Report on sanitation, dispensaries, and jails in Rajputana for 1914, and on vaccination for the year 1914-1915 - 1914-1915
Year: 1914
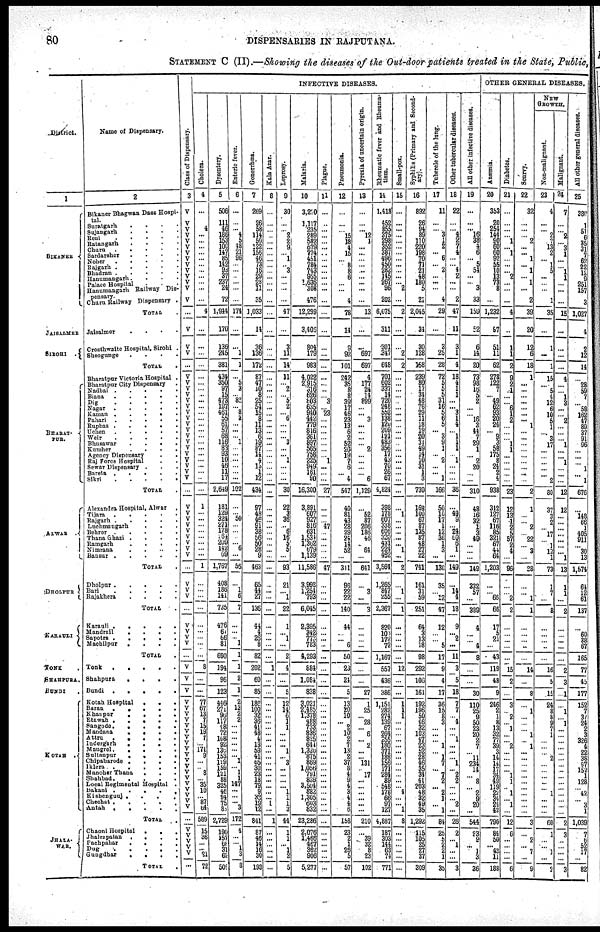
80
DISPENSARIES IN RAJPUTANA.
STATEMENT C (II) —Showing the diseases of the Out-door patients treated in the State, Public,
District.
1
BIKANER
JAISALMER
SIROHI .
BHARAT¬
PUR.
ALWAR
DHOLPUR
KARAULI
TONK .
SHAHPURA.
BUNDI .
KOTAH .
JHALA¬
WAR.
Name of Dispensary.
2
Bikaner Bhagwan Dass Hospi-
tal. Suratgarh . . . .
Sujangarh . . . .
Reni . . . .
Ratangarh . . . .
Churu . . . .
Sardarsher . . . .
Noher . . . . .
Rajgarh . . . . .
Bhadran . . . . .
Hanumangarh. . . .
Palace Hospital . . .
Hanumangarh Railway Dis-
pensary.
Charu Railway Dispensary .
TOTAL .
Jaisalmer
. . . .
Crosthwaite Hospital , Sirohi .
Sheogunge
. . . .
TOTAL
.
Bharatpur Victoria Hospital .
Bharatpur City Dispensary .
Nadbai . . . . .
Biana . . . . .
Dig . . . . .
Nagar . . . . .
Kaman . . .
. .
Pahari . . . . .
Rupbas . . . . .
Uchen . . . . .
Weir . . . . .
Bhusawar . . . .
Kumher . . . .
Agency Dispensary . .
Raj Force Hospital . .
Sewar Dispensary . . .
Bareta . . . . .
Sikri
.
.
.
.
.
TOTAL .
Alexandra Hospital ,Alwar .
Tijara . . . . .
Rajgarh . . . . .
Luchmangarh . . .
Behror . . . . .
Thana Ghazi .
.
.
.
Ramgarh . . . .
Nimrana . . . .
Bansur
.
.
.
.
.
TOTAL .
Dholpur . . . . .
Bari
.
.
.
.
.
Rajakhera
.
.
.
.
TOTAL .
Karauli .
.
.
.
.
Mandrali
.
.
.
.
Sapotra
.
.
.
.
Machilpur
.
.
.
.
TOTAL .
Tonk
.
.
.
.
.
Shahpura
.
.
.
.
Bundi
.
.
.
.
.
Kotah Hospital
.
. .
Baran
.
.
.
.
.
Khanpur
.
.
.
.
Etawah .
.
.
.
.
Sangode .
.
.
.
.
Mandana
.
.
.
.
Attru
.
.
.
. .
Indergarh
.
.
.
.
Mangrol.
.
.
.
.
Sultanpur
.
.
.
.
Chipabarode .
.
.
.
Iklera
.
.
.
.
.
Manoher Thana
. . .
Shahbad .
.
.
.
.
Local Regimental Hospital .
Bakani .
.
.
.
.
Kishenganj .
.
.
.
Chechat .
.
.
.
.
Antah
.
.
.
.
.
TOTAL .
Chaoni Hospital
.
. .
Jhalrapatan
.
.
.
.
Pachpahar
.
.
.
.
Dug
.
.
.
.
Gungdhar
.
.
.
.
TOTAL .
Cl ass of Di s pens ar y.
3
V
V
V
V
V V
V V
V
V
V
V
V
V
...
V
V
V
...
V
V
V
V
V
V
V
V
V
V
V
V
V
V
V
V
V
V
...
V
V
V
V
V
V
V
V
V
...
V
V
V
...
V
V
V
V
...
V
V
V
V
V
V
V
V
V
V
V
V
V
V V
V
V
V
V
V
V
V
...
V
V
V
V
V
...
INFECTIVE DISEASES.
Cholera.
4
...
4
...
...
...
...
...
...
...
...
...
...
...
4
...
...
...
...
...
...
...
...
...
...
...
...
...
...
...
...
...
...
... ...
...
...
...
1
...
...
...
...
...
...
...
...
1
...
...
...
...
...
...
...
...
...
8
...
...
77 67
13
7
15
19
7
...
171 9
...
... 8
... 35
10
... 87
64
589
15
36
...
... 21
72
Dysentery.
5
506
111
46
186
153
100
147
85
112
93
37
237
24
72
1,944
170
136
245
381
434
350
97
15
473
197
461
55
61
57
68
116
83 93
10
46
11
17
2,649
181
129
324
271
178
164
209
142
69
1,767
408
186
141
735
476
61
66
81
690
194
96
123
446
271
96
117
48
72
108
92
130
153
199
159
121
88
325
46
94
75
83
2,729
190
157
68
31
62
509
Enteric fever.
6
...
...
... 4
5
48
21
96
...
...
...
...
...
...
174
...
...
1
1
...
5
3
...
82
... 8
2
...
...
... 1
...
...
... ...
...
...
102
...
... 50
...
...
...
... 6
...
56
...
1
6
7
...
...
... 1
1
1
2
1
2
13
2
2
...
...
...
...
...
... 1
... 1
1
147
...
...
... 3
172
4
...
... 1
3
8
Gonorrhœa.
7
269
26
58
114
50
122
156
46
73
16
29
28
11
35
1,033
14
36
136
172
87
47
10
8
25
54
15
8
11
13
6
19
87
14
4
13
1
12
434
97
48
46
91
38
56
50
28
9
463
65
44
27
136
44
4
26
8
82
202
60
85
186
100
32
36
41
48
4
13
53
41
65
30
23
18
79
9
32
19 12
841
87
46
14
16
30
193
Kala Azar.
8
...
...
...
...
...
...
...
...
...
...
...
...
...
...
...
...
...
...
...
...
...
...
...
...
...
...
...
...
...
...
...
...
...
... ...
...
...
...
...
...
...
...
...
...
...
...
...
...
...
...
...
...
...
...
...
...
...
1
...
...
...
...
...
...
...
...
...
...
...
...
...
...
...
...
...
...
... 1
...
1
...
...
...
...
...
...
Leprosy.
9
30
...
... 2
2
9
... 1
... 3
...
...
...
...
47
...
3
11
14
11
... 2
... 5
2
... 6
...
...
... 3
...
... 1
...
...
...
30
22
3
36
... 6
16
5
5
...
93
21
...
1
22
1
... 1
...
2
4
...
5
12
14
6
1
1
...
...
... 1
... 3
...
...
...
... 1
1
1
3
44
1
1
... 1
2
5
Malaria.
10
3,210
1,117
235
289
582
679
774
451
784
743
955 1,636
308
476
12,299
3,406
804
179
983
4,022
2,915
316
626
803
635
940
442
779
816
361
897
565
758
225
949
161
90
16,300
3,891
607
927
816
631
1,534
1,302
679
1,139
11,586
3,998
1,254
793
6,045
2,395
342
773
783
4,293
884
1,084
838
3,021
2,485
1,378
488
733
836
825
644
l,320
875
869
1,056
791
839
3,504
882
1,305
603
832
23,286
2,076
1,460
467
362
906
5,277
Plague.
11
...
...
...
...
...
...
...
...
...
...
...
...
...
...
...
...
...
...
...
...
...
...
... 3
... 23
...
...
...
...
...
...
... 1
...
...
...
27
...
...
... 47
...
...
...
...
...
47
...
...
...
...
...
...
...
...
...
...
...
...
...
...
...
...
...
...
...
...
...
...
...
...
...
...
...
...
...
...
...
...
...
...
...
...
...
...
Pneumonia.
12
...
...
... 15
18
4
15
... 8
8
6
...
...
4
78
14
9
92
101
242
35
8
8
39
17
46
23
13
6
2
52
20
19
7
6
... 4
547
40
81
43
28
29
24
14
52
...
311
96
22
22
140
44
...
... 6
50
23
24
5
13
20
10
... 2
10
2
7
13
2
37 8
4
9
4
3
4
4
6
158
23
2
1
26
5
57
Pyroxia of uncertain origin.
13
...
...
... 12
1
...
...
...
...
...
...
...
...
...
13
...
...
697
697
4
177
24
14
899
...
... 3
...
...
...
... 2
...
... ...
... 6
1,129
...
52
87
206
186
46
... 64
...
641
...
3
...
3
...
...
...
...
...
...
...
27
1
25
... 28
... 6
... 2
...
... 131
... 17
...
...
...
...
...
...
210
...
39
32
8
23
102
Rheumatic fever and Rheuma-
tism.
14
1,418
452
855
... 298
352
387
496
450
282
145
... 96
202
6,075
311
301
347
648
701 602
337
14
720
248
552
138
120
209
121
483
356
17
43
70
26 67
4,824
398
178
607
338
606
320
431
224
452
3,564
1,265
847
255
2,367
820
103
172
72
1,167
557
436
386
1,151
282
274
139
67
264
255
180
371
188
156
171
284
89
548
178
66
97
127
4,887
187
303
144
63
74
771
Small-pox.
15
...
...
...
...
...
...
...
...
...
...
...
... 2
...
2
...
...
2
2
...
...
...
...
...
...
...
...
...
...
...
...
...
...
...
...
...
...
...
...
1
...
...
...
...
... 1
...
2
...
1
...
1
...
...
...
...
...
12
...
...
1
1
1
...
...
...
...
...
...
...
...
...
...
...
... 4
...
... 1
8
...
...
...
...
...
...
Syphilis (Primary and Second-
ary).
16
892
26
94
89
110
220
198
70
71
21
48
180
5
21
2,045
34
30
128
168
239
80
17
34
48
76
29
11
18
19
20
31
49
14
10
31
1
3
730
168
100
67
87
135
87
48 27
22
741
161
31
59
251
64
3
13
18
98
292
106
161
192
196
50
46
32
103
47
23
52
28
46
35
34
41
203
48
32
49
35
1,292
115
105
25
27
37
309
Tubercle of the lung.
17
11
...
... 3
1
2
... 6
... 2
...
...
...
4
29
...
3
25
28
72
5
5
5
31
16
5
6
5
... 3
9
1
... 2
...
... 1
166
50
10
17
1
12
36
1
3
...
130
35
...
12
47
12
...
... 5
17
9
4
17
36
15
8
3
...
...
... 1
... 1
7
... 7
2
... 2
1
... 1
84
25
5
2
2
1
35
Other tubercular diseases.
18
22
...
... 4
2
7
4
...
... 4
2
...
...
2
47
11
3
1
4
18
4
1
1
...
... 3
1
4
... 1
1
1
... 1
...
...
36
...
49 9
... 24
60
6
1
...
149
...
14
4
18
9
... 2
...
11
3
5
18
7
7
... 4
...
... 1
...
...
... 1
... 2
2
...
...
... 2
...
26
2
... 3
...
...
3
All other infective diseases.
19
...
...
... 16
38
4
6
... 5
54
...
... 3
33
159
52
6
14
20
73
98
16
5
2
...
... 16
3
44
7
29
1
... 2
20
...
...
310
48
16
32
1
3
49
...
...
...
149
332
57
...
389
4
...
... 4
8
...
30
110
25
9
50
23
20
2
7
... 11
234
14
... 8
... 2
9
20
...
544
23
8
... 1
3
36
OTHER GENERAL DISEASES.
Anæmia.
20
353
20
254
144
90
60
60
92
55
10
13
73
8
...
1,232
97
51
11
62
278 122
7
... 49
62
93
20
24
... 9
3
58
175
8
24
2
4
938
312
127
67
116
85
321
67
44
64
1,203
...
...
66
66
17
5
21
...
43
119
48
9
246
2
1
8
13
32
77
39
3
14
14
17
34
49
119
... 34
24
42
790
84
50
... 43
11
188
Diabetes.
21
...
...
...
... 1
... 1
...
...
... 2
...
...
...
4
...
1
1
2
9
2
1
...
... 6
1
2
...
...
... 1
1
...
... ...
...
...
23
12
13
1
2
5
57
2
4
...
96
...
...
2
2
...
...
...
...
...
15
2
...
3
... 2
... 1
...
... 2
...
...
...
... 1
1
... 1
... 1
...
12
6
...
...
...
...
6
Scurvy.
22
32
...
...
... 2
...
... 1
... 1
... 1
...
2
39
20
12
6
18
1
...
...
...
...
...
...
... 1
...
...
...
...
...
... ...
...
...
2
1
...
... 2
... 22
... 3
...
28
...
...
1
1
...
...
...
...
...
14
...
8
...
1
...
...
... 1
... 1
...
...
...
...
...
...
...
...
...
...
...
3
...
2
... 7
...
9
NEW
GROWTH.
Non-malignant.
23
4
...
... 2
7
13
2
... 1
5
...
...
...
1
35
...
1
...
1
15
... 5
4
12
6
10
5
1
... 3
17
...
...
... ...
...
2
80
37
3
2
...
17
... 1
12
1
73
1
7
...
8
...
...
...
...
...
16
5
15
24
8
8
9
7
1
...
...
... 2
...
...
...
...
... 1
...
...
...
60
1
...
... 1
...
2
Malignant.
24
7
...
... 2
... 3
1
...
... 1
1
...
...
...
15
...
...
...
...
4
...
... 1
3
...
... 2
...
...
... 1
...
... 1
...
...
...
12
12
...
...
...
...
...
...
... 1
13
1
1
...
2
...
...
...
...
...
2
3
1
...
1
... 1
...
...
...
...
...
...
...
...
...
...
...
...
...
...
...
2
3
...
...
...
...
3
All other general diseases.
25
380
1
51
6
35
31
7
62
22
12
9
251
157
3
1,027
4
2
12
14
...
28
59
7
... 58
162
47
89
37
91
96
...
...
... 1
... 1
676
...
148
66
1
405
911
... 30
13
1,574
64
12
61
137
...
60
38
67
165
77
45
177
152
7
37
24
2
3
326
4
22
38
97
152
1
128
... 42
... 3
1
1,039
7
6
52
17
...
82